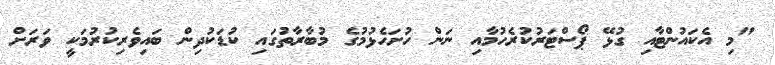
"މި އެކައުންޓާއި ގުޅޭ ޕޯސްޓަރުކުރެހުމާއި ނަން ހުށަހެޅުމުގެ މުބާރާތުގައި ކުޑަކުދިން ބައިވެރިކުރުމަކީ ވަރަށް